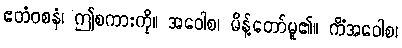
ဧတံဝစနံ၊ ဤစကားကို။ အဝေါစ၊ မိန့်တော်မူ၏။ ကိံအဝေါစ၊